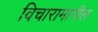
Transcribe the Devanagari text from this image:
विचारामागील